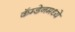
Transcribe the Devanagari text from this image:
कॅम्डेनमध्ये